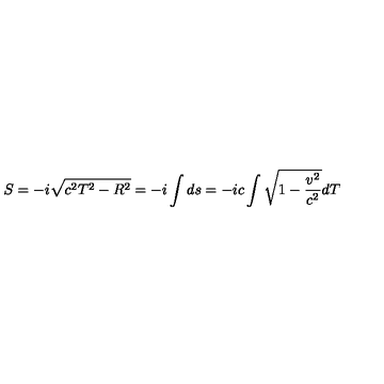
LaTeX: S = - i \sqrt { c ^ { 2 } T ^ { 2 } - R ^ { 2 } } = - i \int d s = - i c \int \sqrt { 1 - \frac { v ^ { 2 } } { c ^ { 2 } } } d T